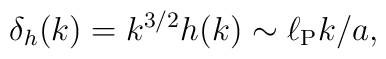
\delta_h (k) = k^{3/2} h(k) \sim \ell_{\rm P} k/a,